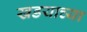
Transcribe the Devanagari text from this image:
खडयाच्या